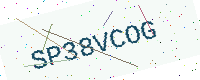
Text: SP38VCOG